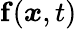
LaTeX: \mathbf{f}({\boldsymbol{x}},t)